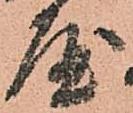
屋